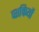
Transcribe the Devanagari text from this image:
व्शक्तियों